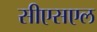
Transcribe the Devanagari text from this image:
सीएसएल